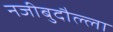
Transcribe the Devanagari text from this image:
नजीबुदौल्ला